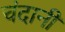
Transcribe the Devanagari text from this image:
चंदानी